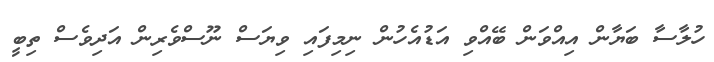
ހުލާސާ ބަޔާން އިއްވަން ބޭއްވި އަޑުއެހުން ނިމިފައި ވިޔަސް ނޫސްވެރިން އަދިވެސް ތިބީ